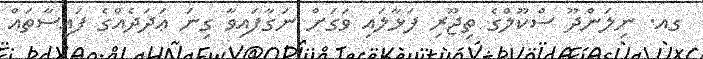
ގއ. ނިލަންދޫ ސްކޫލްގެ ތިޖޫރި ފަޅާލައި ވަގަށް ނަގާފައިވާ ގިނަ ޢަދަދެއްގެ ފައިސާތައް